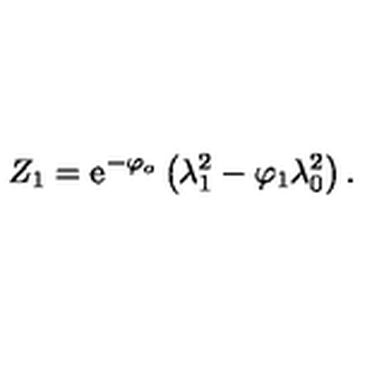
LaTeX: { Z } _ { 1 } = \mathrm { e } ^ { - \varphi _ { o } } \left( \lambda _ { 1 } ^ { 2 } - \varphi _ { 1 } \lambda _ { 0 } ^ { 2 } \right) .